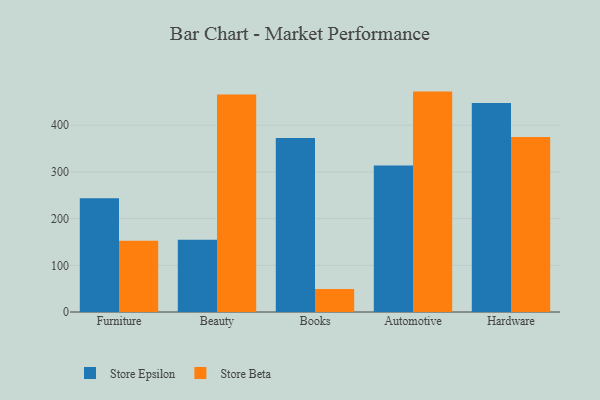
{"axis": {"x": "Category", "y": "Active Users"}, "legend": ["Store Beta", "Store Epsilon"], "data": [{"x": "Furniture", "y": 243.4, "type": "Store Epsilon"}, {"x": "Furniture", "y": 152.7, "type": "Store Beta"}, {"x": "Beauty", "y": 154.8, "type": "Store Epsilon"}, {"x": "Beauty", "y": 465.7, "type": "Store Beta"}, {"x": "Books", "y": 372.9, "type": "Store Epsilon"}, {"x": "Books", "y": 49.3, "type": "Store Beta"}, {"x": "Automotive", "y": 313.9, "type": "Store Epsilon"}, {"x": "Automotive", "y": 472.1, "type": "Store Beta"}, {"x": "Hardware", "y": 447.9, "type": "Store Epsilon"}, {"x": "Hardware", "y": 374.8, "type": "Store Beta"}]}